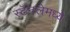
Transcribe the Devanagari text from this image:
स्टॅनलेमध्ये